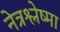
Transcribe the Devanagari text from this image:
नेत्रश्लेष्मा